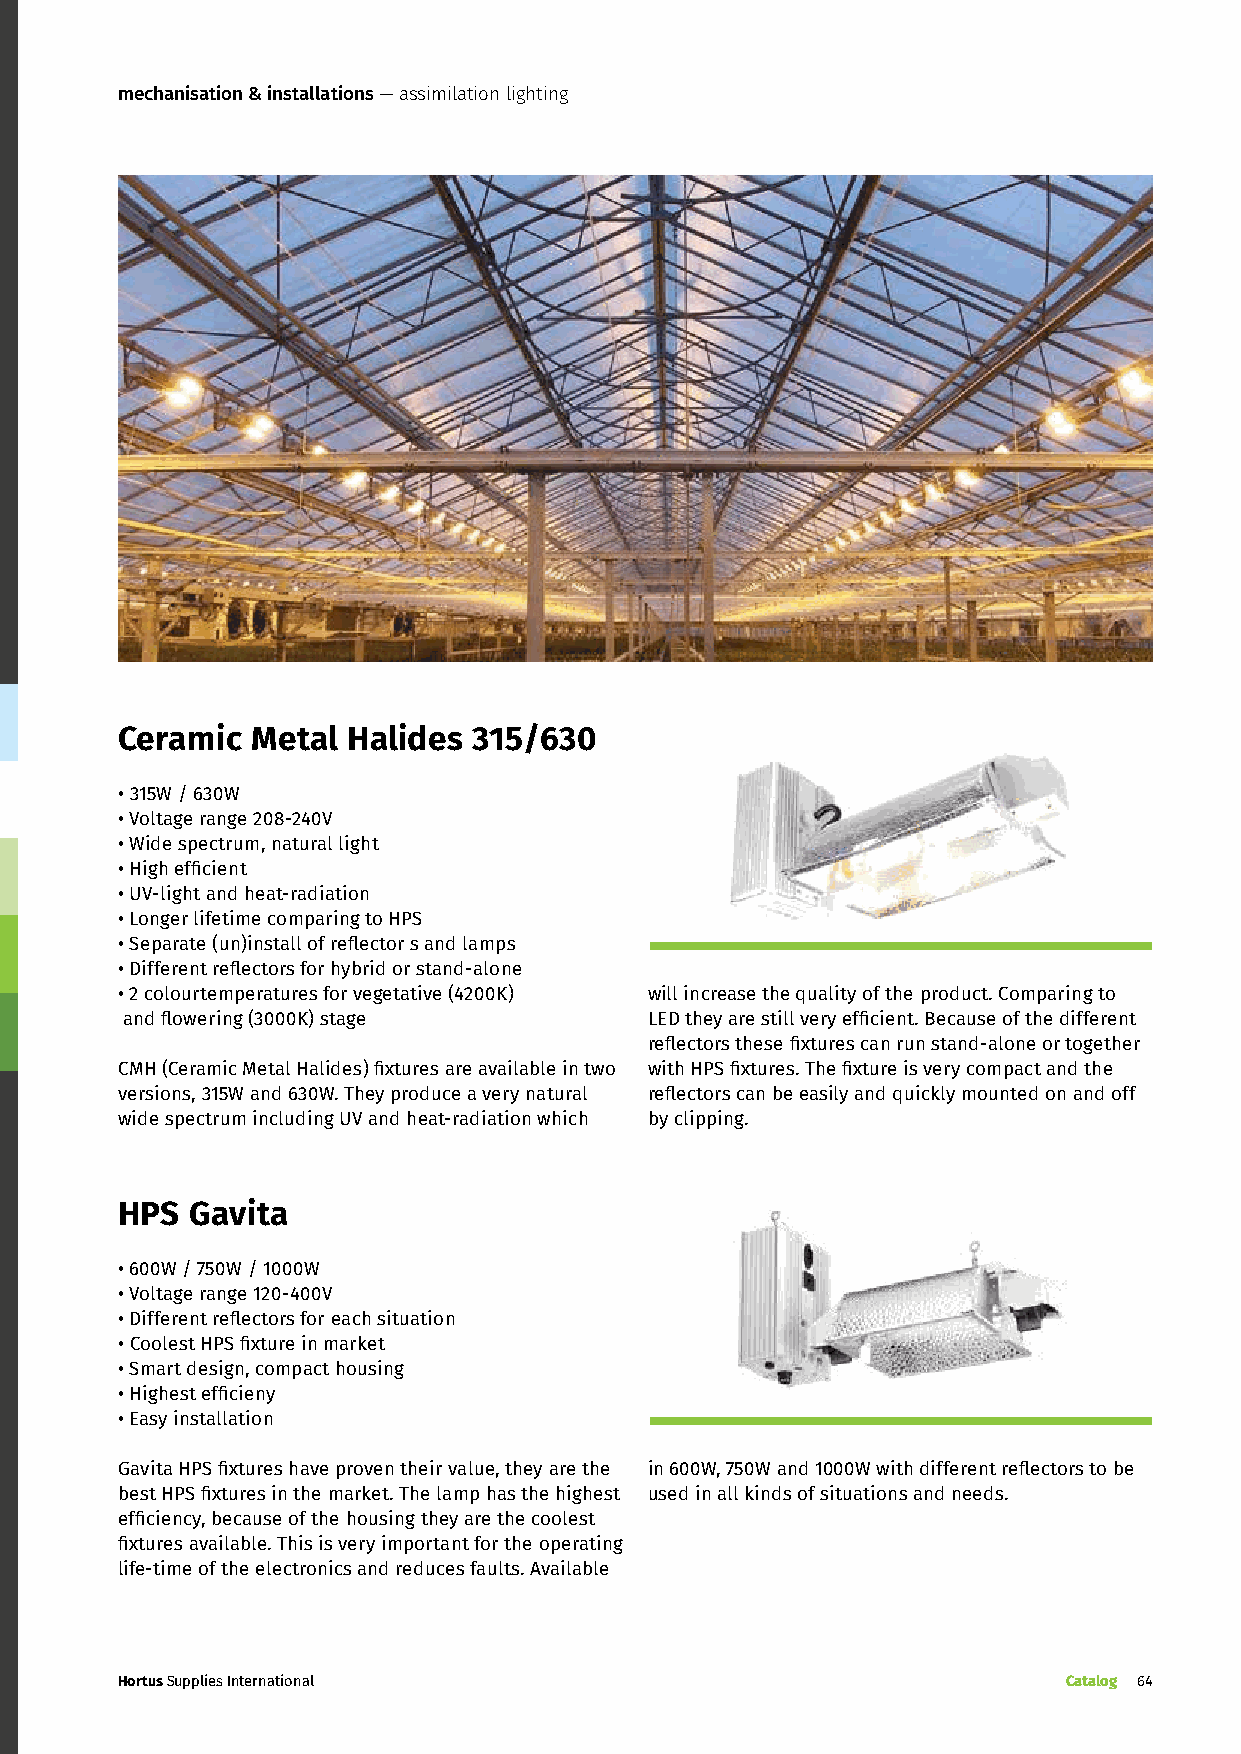
mechanisation & installations — assimilation lighting
 Ceramic  Metal Halides 315/630
 • 315W / 630W
 • Voltage range 208-240V
 • Wide spectrum, natural light
 • High efficient
 • UV-light and heat-radiation
 • Longer lifetime comparing to HPS
 • Separate (un)install of reflector s and lamps
 • Different reflectors for hybrid or stand-alone
 • 2 colourtemperatures for vegetative (4200K) will increase the quality of the product. Comparing to
 and flowering (3000K) stage        LED they are still very efficient. Because of the different
 reflectors these fixtures can run stand-alone or together
 CMH (Ceramic Metal Halides) fixtures are available in two with HPS fixtures. The fixture is very compact and the
 versions, 315W and 630W. They produce a very natural reflectors can be easily and quickly mounted on and off
 wide spectrum including UV and heat-radiation which by clipping.
 HPS Gavita
 • 600W / 750W / 1000W
 • Voltage range 120-400V
 • Different reflectors for each situation
 • Coolest HPS fixture in market
 • Smart design, compact housing
 • Highest efficieny
 • Easy installation
 Gavita HPS fixtures have proven their value, they are the in 600W, 750W and 1000W with different reflectors to be
 best HPS fixtures in the market. The lamp has the highest used in all kinds of situations and needs.
 efficiency, because of the housing they are the coolest
 fixtures available. This is very important for the operating
 life-time of the electronics and reduces faults. Available
 Hortus Supplies International                                  Catalog 64